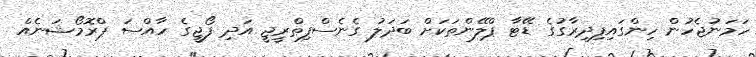
ހަމަނުޖެހުން ހިންގައިފިދިރާގުގެ ޑޭޓާ ޕްލޭންތަކަށް ބަދަލު ގެނެސްފިތްރީޖީ އަދި ފޯޖީގެ ހާއްސަ ޕްރޮމޯޝަނެއް